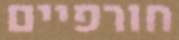
חורפיים